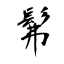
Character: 髴